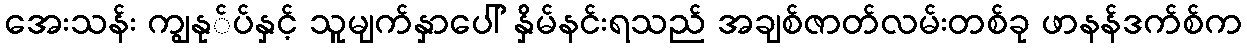
အေးသန်း ကျွနု်ပ်နှင့် သူမျက်နှာပေါ် နှိမ်နင်းရသည် အချစ်ဇာတ်လမ်းတစ်ခု ဖာနန်ဒက်စ်က